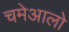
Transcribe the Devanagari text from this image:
चमेआलो